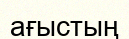
ағыстың